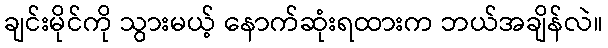
ချင်းမိုင်ကို သွားမယ့် နောက်ဆုံးရထားက ဘယ်အချိန်လဲ။